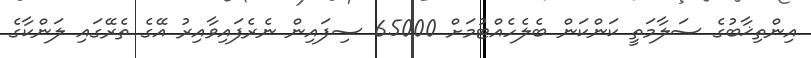
އިންތިޚާބުގެ ސަލާމަތީ ކަންކަން ބެލެހެއްޓުމަށް 65000 ސިފައިން ނެރެފައިވާއިރު އޭގެ ތެރޭގައި ލަންކާގެ